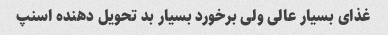
غذای بسیار عالی ولی برخورد بسیار بد تحویل دهنده اسنپ